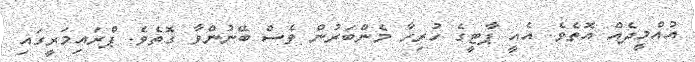
އުއްމީދެއް އޮތެވެ. އެއީ ޕާޓީގެ ހުރިހާ މެންބަރުން ވެސް ބޭނުންވާ ގޮތެވެ. ޕްރައިމަރީގައި